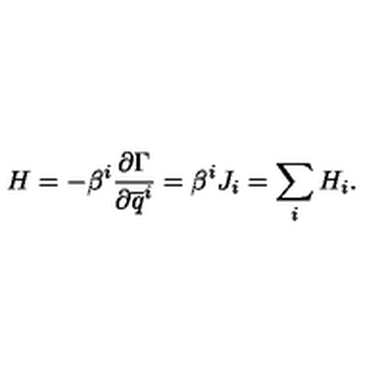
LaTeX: H = - \beta ^ { i } \frac { \partial \Gamma } { \partial \overline { q } ^ { i } } = \beta ^ { i } J _ { i } = \sum _ { i } H _ { i } .